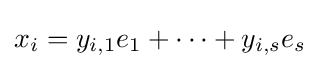
x_{i}=y_{i,1}e_{1}+\dotsb +y_{i,s}e_{s}